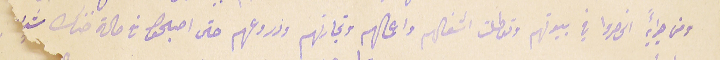
ومن جرائيه انحصروا في بيوتهم وتعطلت اشغالهم واعمالهم وتجارتهم وذروعهم حتى اصبحوا فى حالة ضنك شدد